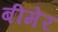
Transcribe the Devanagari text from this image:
बीमेर